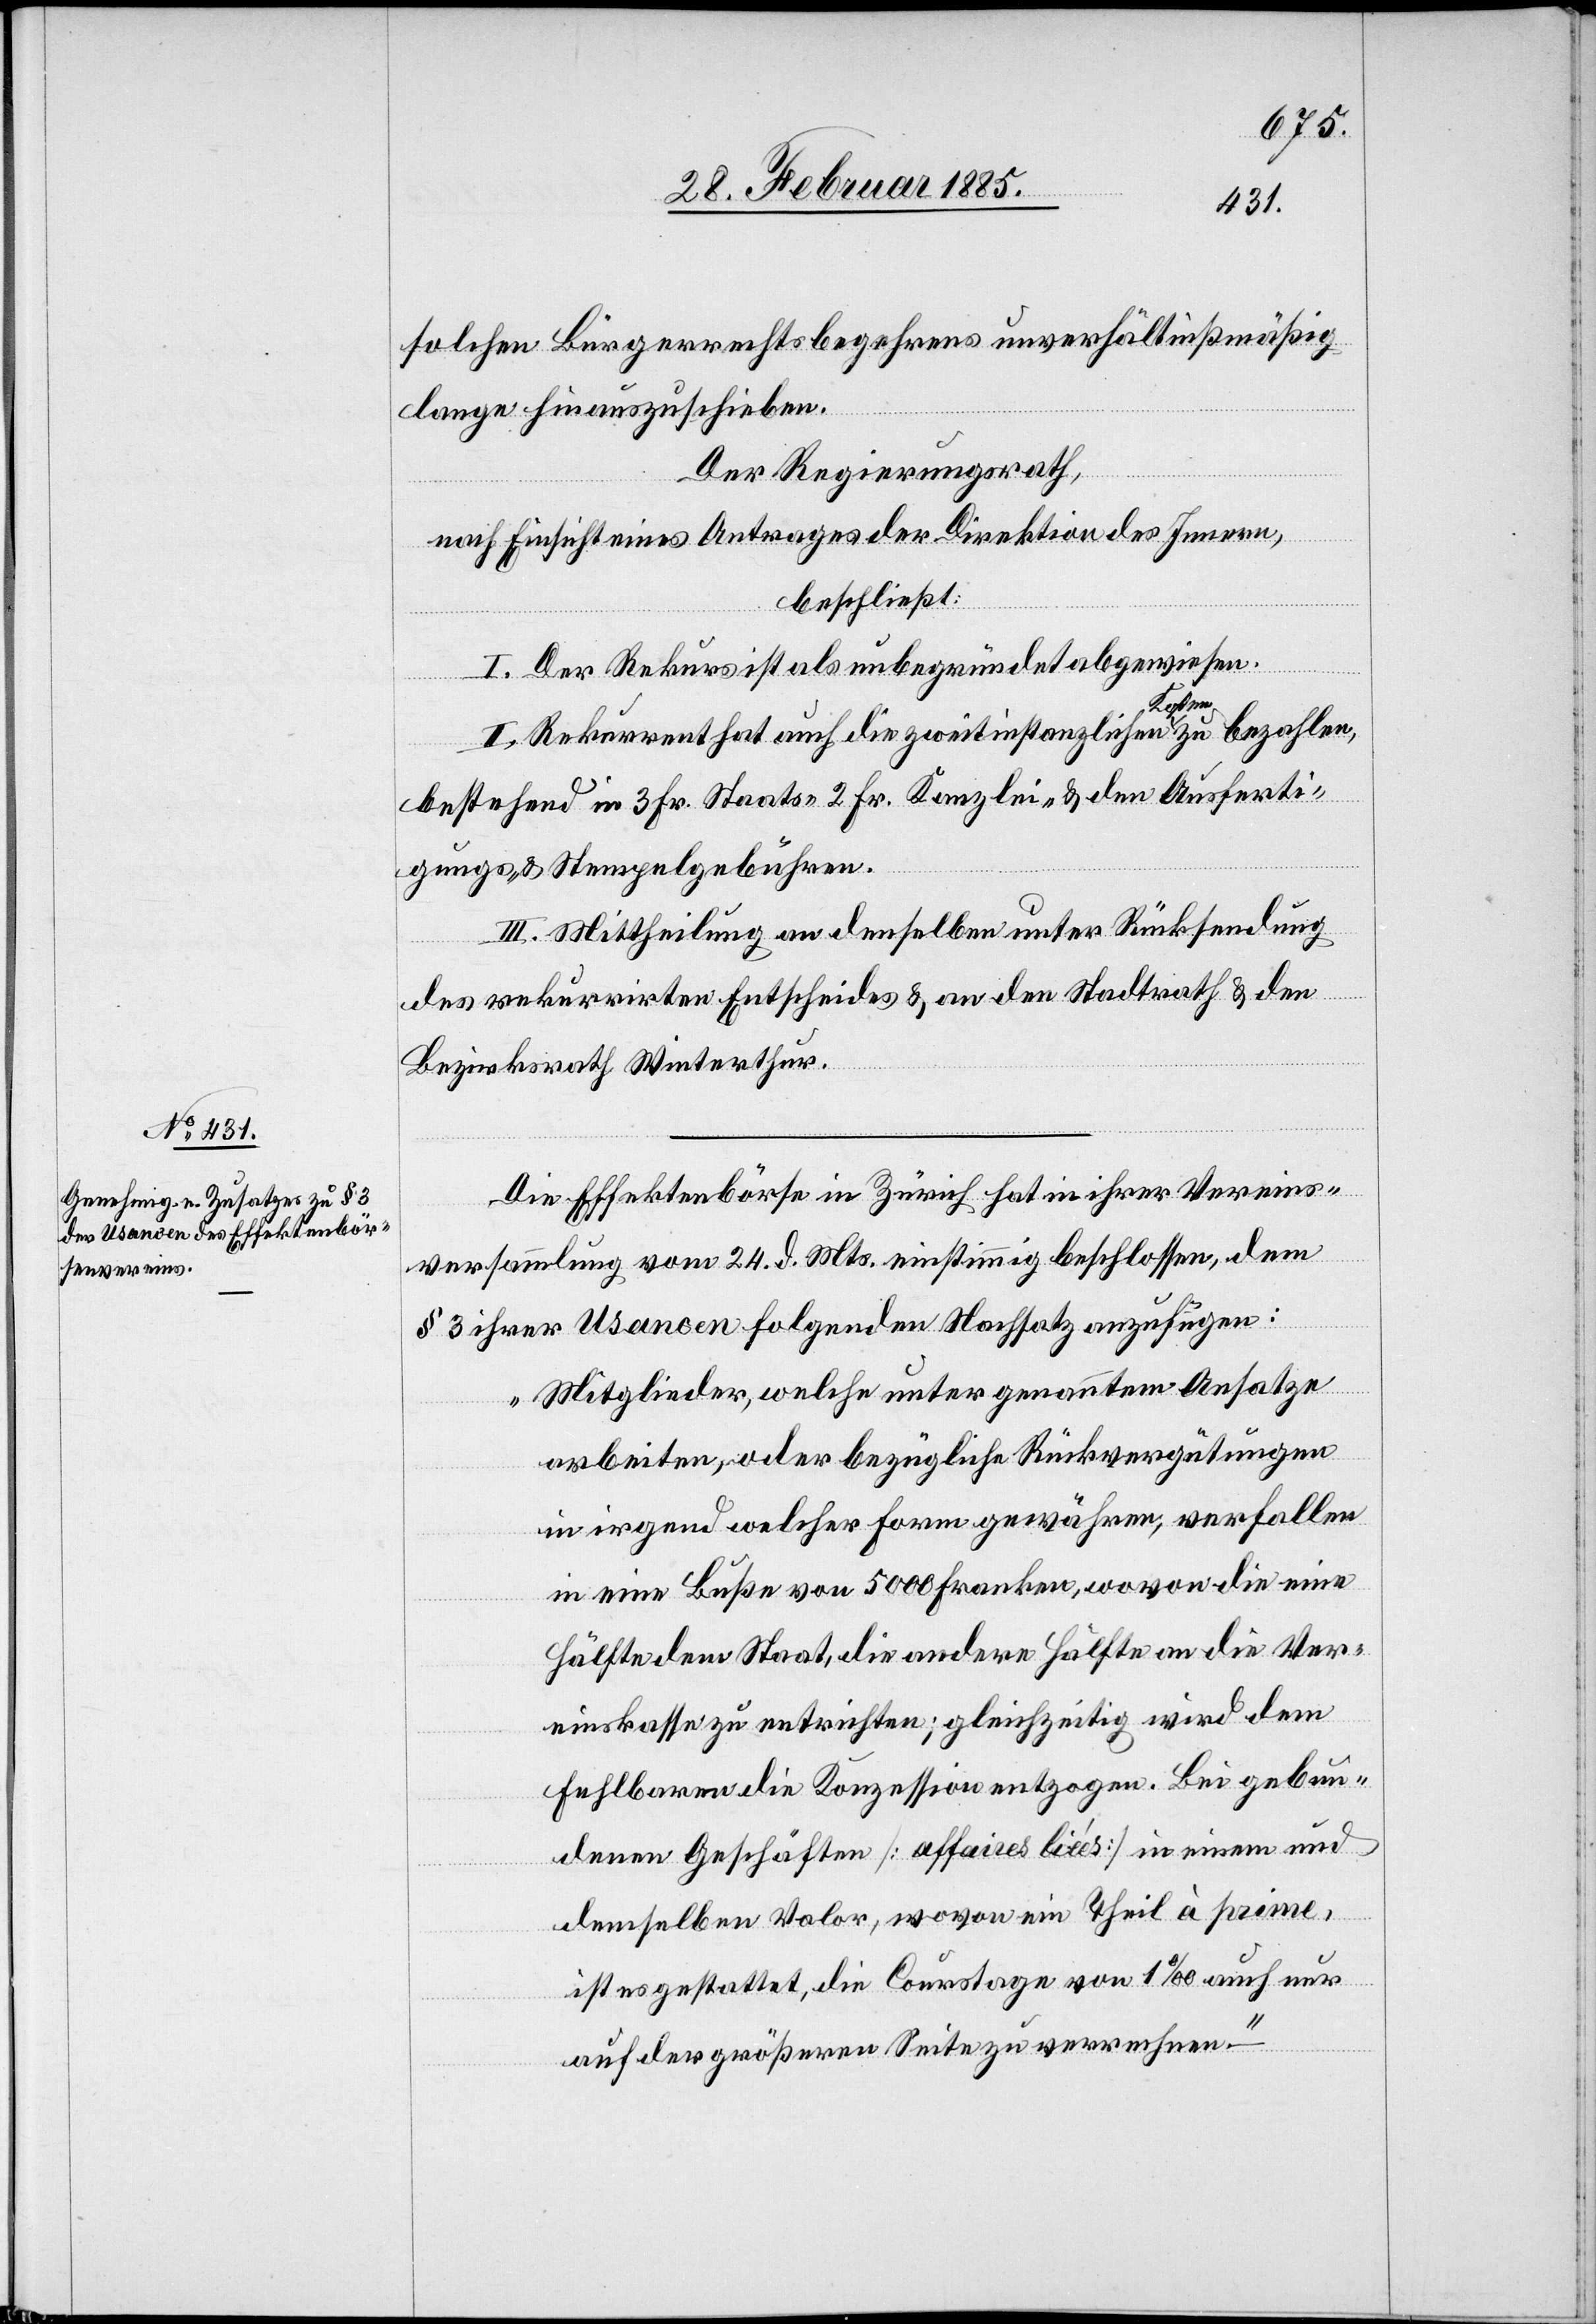
Die Effektenbörse in Zürich hat in ihrer Vereins¬
versammlung vom 24. d. Mts. einstimmig beschlossen, dem
§ 3 ihrer Usancen folgenden Nachsatz anzufügen:
„Mitglieder, welche unter genanntem Ansatze
arbeiten, oder bezügliche Rückvergütungen
in irgend welcher Form gewähren, verfallen
in eine Buße von 5000 Franken, wovon die eine
Hälfte dem Staat, die andere Hälfte an die Ver¬
einskasse zu entrichten [sei]; gleichzeitig wird dem
Fehlbaren die Konzession entzogen. Bei gebun¬
denen Geschäften [affiares liées] in einem und
demselben Valor, wovon ein Theil à prime,
ist es gestattet, die Courstage von 1‰ auch nur
auf der größeren Seite zu verrechnen